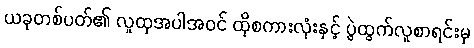
ယခုတစ်ပတ်၏ လူထုအပါအဝင် ထိုစကားလုံးနှင့် ပွဲထွက်လူစာရင်းမှ